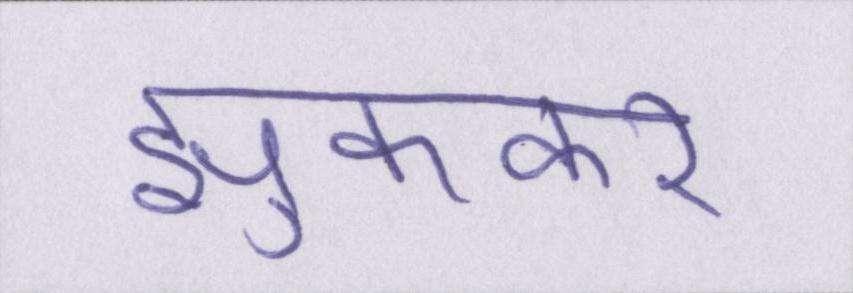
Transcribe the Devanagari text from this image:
झुककर